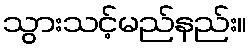
သွားသင့်မည်နည်း။